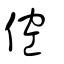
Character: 倥